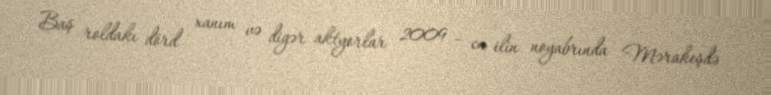
Baş roldakı dörd xanım və digər aktyorlar 2009 – cu ilin noyabrında Mərakeşdə